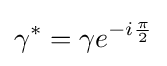
\gamma ^{*}=\gamma e^{-i{\frac {\pi }{2}}}